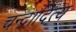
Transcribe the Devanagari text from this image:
चन्द्रादित्य